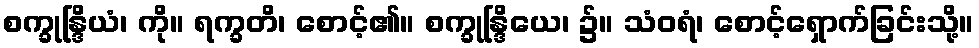
စက္ခုန္ဒြိယံ၊ ကို။ ရက္ခတိ၊ စောင့်၏။ စက္ခုန္ဒြိယေ၊ ၌။ သံဝရံ၊ စောင့်ရှောက်ခြင်းသို့။